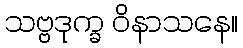
သဗ္ဗဒုက္ခ ဝိနာသနေ။